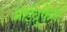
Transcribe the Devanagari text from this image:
आईब्रुफेन